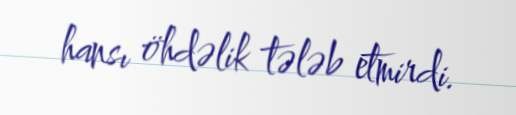
hansı öhdəlik tələb etmirdi.